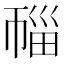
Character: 𰏛